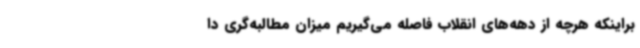
براینکه هرچه از دهه‌های انقلاب فاصله می‌گیریم میزان مطالبه‌گری دا